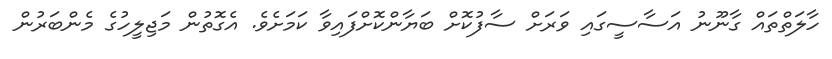
ހާލަތްތައް ގާނޫނު އަސާސީގައި ވަރަށް ސާފުކޮށް ބަޔާންކޮށްފައިވާ ކަމަށެވެ. އެގޮތުން މަޖިލީހުގެ މެންބަރުން